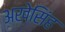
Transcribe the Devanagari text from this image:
अखेसिंह